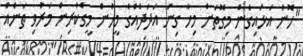
"ހޮނު އަޅައިގެން މިގޮތަށް މިހާ ގިނަ އަދަދެއްގެ މީހުން މީގެކުރިން މަރުވި ތަނެއް